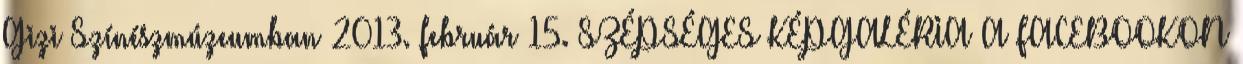
Gizi Színészmúzeumban 2013. február 15. SZÉPSÉGES KÉPGALÉRIA A FACEBOOKON